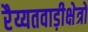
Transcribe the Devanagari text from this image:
रैय्यतवाड़ीक्षेत्रों